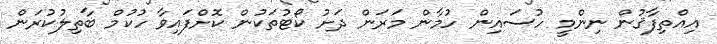
އިއްތިފާޤުން ނިންމީ ހުސައިން ހުމާން މަރަން ދަށު ކޯޓުތަކުން ކޮށްފައިވާ ހުކުމް ބާތިލުކުރަން